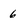
Character: 6